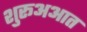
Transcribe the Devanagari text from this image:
शुरूअआत